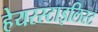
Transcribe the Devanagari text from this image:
हेयरस्टाइलिस्ट